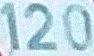
120